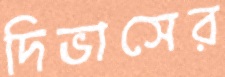
দিভাসের